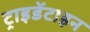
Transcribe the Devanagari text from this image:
ट्राइडेंटाइन